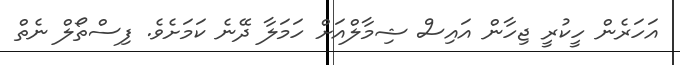
އަހަރެން ހީކުރީ ޖިހާން އައިސް ޝިމާލްއަށް ހަމަލާ ދޭނެ ކަމަށެވެ. ފިސްތޯލް ނެތް